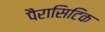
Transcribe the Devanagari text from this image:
पैरासिटिक